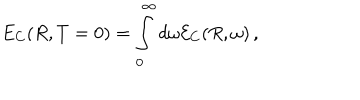
E _ { C } ( R , T = 0 ) = \int _ { 0 } ^ { \infty } d \omega { \cal E } _ { C } ( R , \omega ) \, { , }